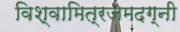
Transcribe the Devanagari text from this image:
विश्वामित्रजमदग्नी